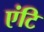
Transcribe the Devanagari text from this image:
एंटि